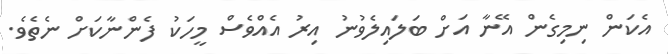
އެކަން ނިމިގެން އޭނާ އަށް ބަލައިލެވުނު އިރު އެއްވެސް މީހަކު ފެންނާކަށް ނެތެވެ.